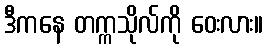
ဒီကနေ တက္ကသိုလ်ကို ဝေးလား။